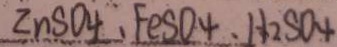
Z n s O 4 、 F e S O 4 . H _ { 2 } S O _ { 4 }